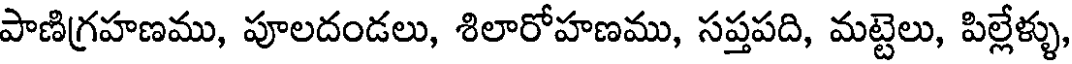
పాణిగ్రహణము, పూలదండలు, శిలారోహణము, సప్తపది, మట్టెలు, పిల్లేళ్ళు,